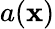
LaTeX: a(\mathbf{x})